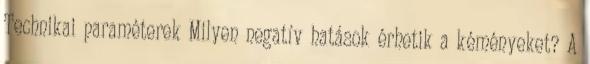
Technikai paraméterek Milyen negatív hatások érhetik a kéményeket? A